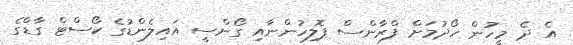
އެ ދެ މީހުން ހޯދުމަށް ފްރާންސް ޕޮލިހުންނާއި ގޯންސީ އައިލެންޑުގެ ކޯސްޓް ގާޑްގެ